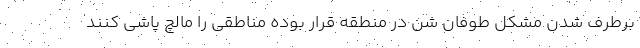
برطرف شدن مشکل طوفان شن در منطقه قرار بوده مناطقی را مالچ پاشی کنند